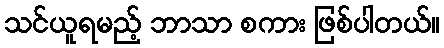
သင်ယူရမည့် ဘာသာ စကား ဖြစ်ပါတယ်။